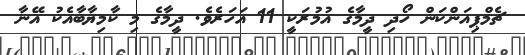
ޗެމްޕިއަންކަން ހޯދި ދީމާގެ އުމުރަކީ 11 އަހަރެވެ. ދީމާގެ މި ކާމިޔާބާއެކު އޭނާ